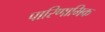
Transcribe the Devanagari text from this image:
पारिणामिक